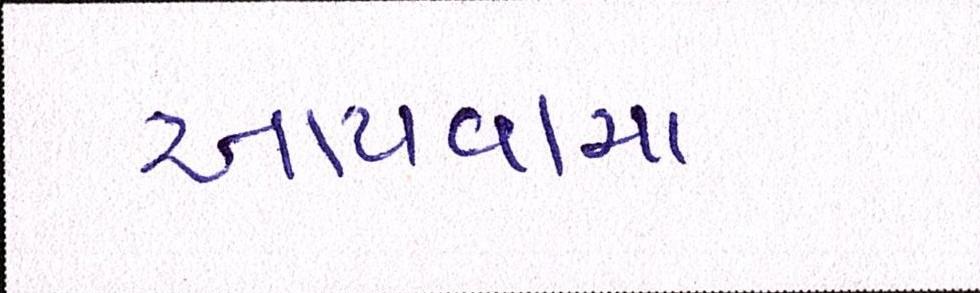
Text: આપવામા